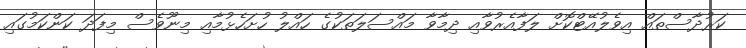
ކަރުދާސްތައް އިވެލުއޭޓްކޮށް ލަފާއެރުވާއި ދިމާވާ މައްސަލަތަކުގެ ހައްލު ހުށަހެޅުމާއި މިނޫވެސް މިފަދަ ކަންކަމުގައި